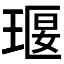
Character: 𤦵